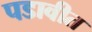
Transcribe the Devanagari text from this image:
पडावीत